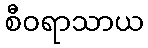
စီဝရာသာယ